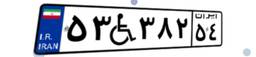
۵۳W۳۸۲۵۴